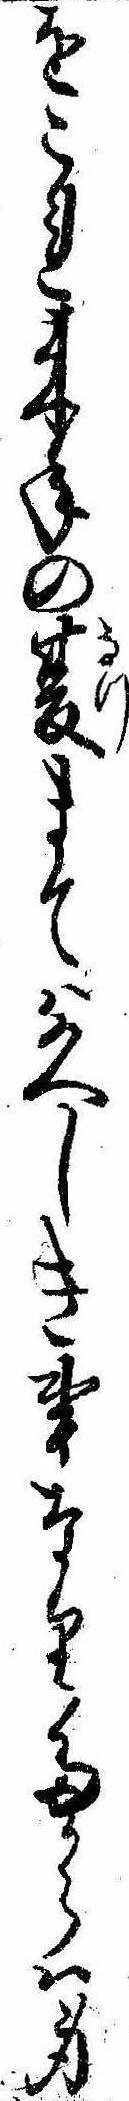
をこれ来年の夏まては久しき事なりたからは身